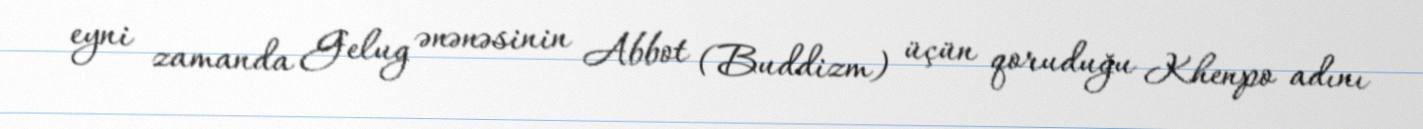
eyni zamanda Gelug ənənəsinin Abbot (Buddizm) üçün qoruduğu Khenpo adını